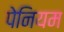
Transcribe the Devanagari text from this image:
पेनियम